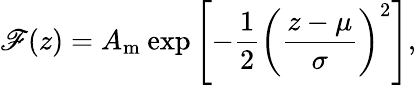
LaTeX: \mathscr{F}(z)=A_{\mathrm{{m}}}\: \mathrm{{exp}}\left[-\frac{{1}}{{2}}\left(\frac{{z-\mu}}{{\sigma}}\right)^{2}\right],